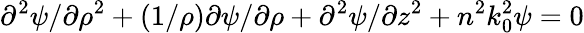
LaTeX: \partial^{2}\psi/\partial\rho^{2}+(1/\rho)\partial\psi/\partial\rho+\partial^{2}\psi/\partial z^{2}+n^{2}k_{0}^{2}\psi=0